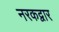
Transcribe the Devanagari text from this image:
नरकद्वार